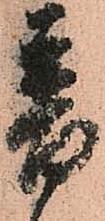
普